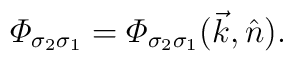
{\mit \Phi}_{\sigma_2\sigma_1}={\mit \Phi}_{\sigma_2\sigma_1}(\vec{k},\hat{n}).